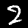
Digit: 2